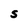
Character: S